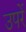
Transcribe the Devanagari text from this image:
उपरें